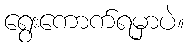
ရွေးကောက်ရမှာပဲ။